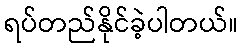
ရပ်တည်နိုင်ခဲ့ပါတယ်။